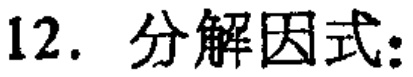
12. 分解因式：